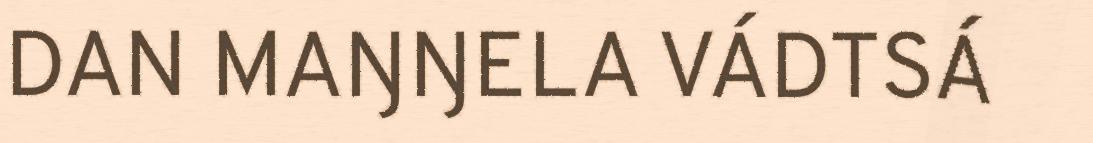
DAN MAŊŊELA VÁDTSÁ